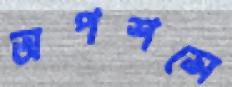
অপশন্সে